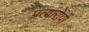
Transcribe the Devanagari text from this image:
प्रत्यारोपों